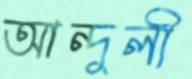
আন্দুলী